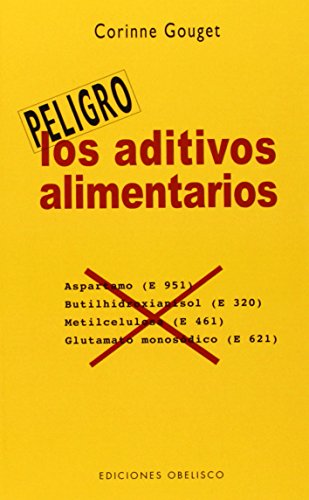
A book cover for Los aditivos alimentarios/ The Food Additives: La Guia Indispensable Para Que No Te Envenenen Mas (Peligro) (Spanish Edition); Corinne Gouget; Health, Fitness & Dieting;